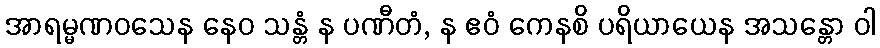
အာရမ္မဏဝသေန နေဝ သန္တံ န ပဏီတံ, န ဧဝံ ကေနစိ ပရိယာယေန အသန္တော ဝါ